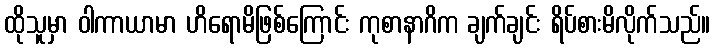
ထိုသူမှာ ဝါကာယာမာ ဟိရောမိဖြစ်ကြောင်း ကုစာနာဂိက ချက်ချင်း ရိပ်စားမိလိုက်သည်။